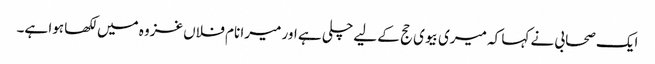
ایک صحابی نے کہا کہ میری بیوی حج کے لیے چلی ہے اور میرا نام فلاں غزوہ میں لکھا ہوا ہے۔